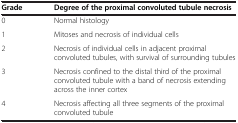
| Grade | Degree of the proximal convoluted tubule necrosis |
 | --- | --- |
 | 0 | Normal histology |
 | 1 | Mitoses and necrosis of individual cells |
 | 2 | Necrosis of individual cells in adjacent proximal convoluted tubules, with survival of surrounding tubules |
 | 3 | Necrosis confined to the distal third of the proximal convoluted tubule with a band of necrosis extending across the inner cortex |
 | 4 | Necrosis affecting all three segments of the proximal convoluted tubule |